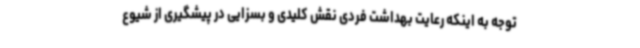
توجه به اینکه رعایت بهداشت فردی نقش کلیدی و بسزایی در پیشگیری از شیوع